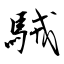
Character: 駥